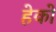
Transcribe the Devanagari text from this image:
हेको